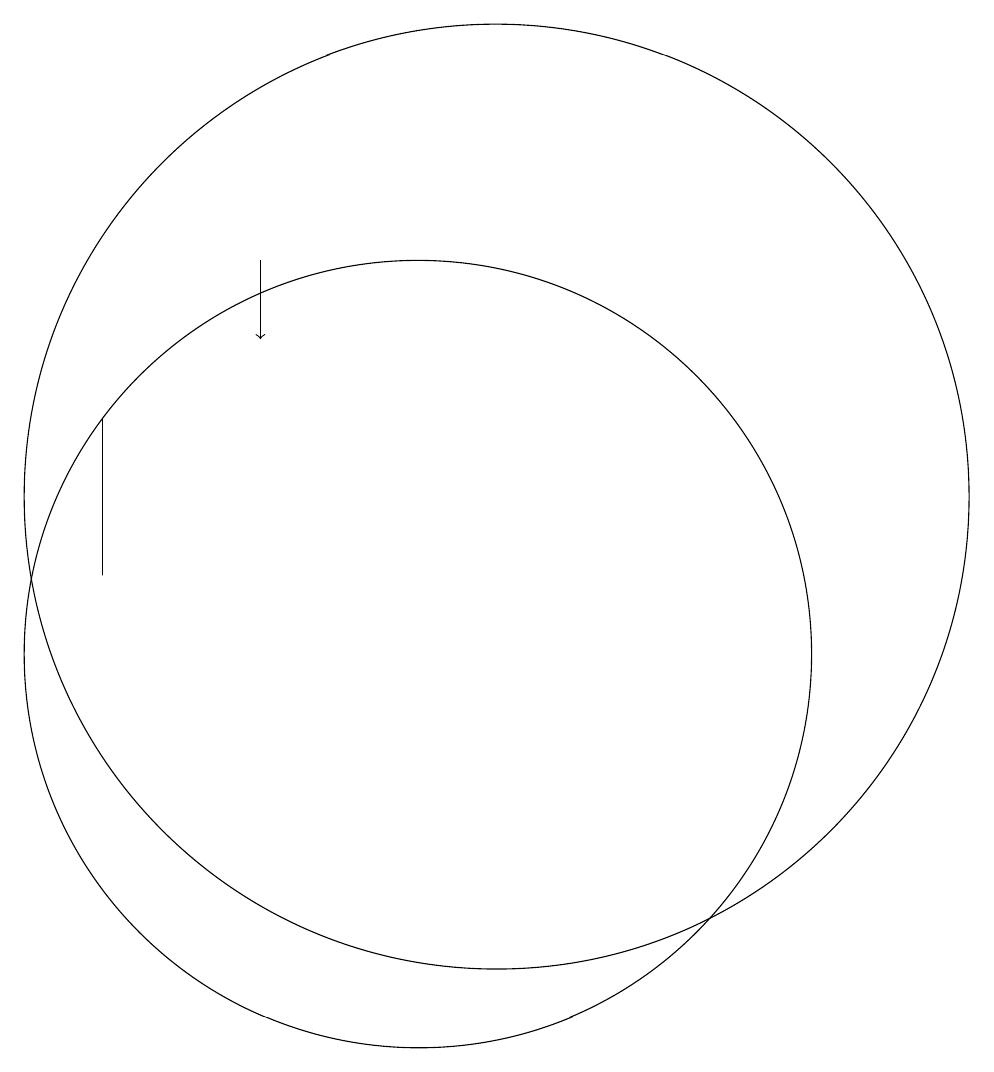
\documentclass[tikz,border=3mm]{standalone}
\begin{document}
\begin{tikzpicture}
\draw (12,12) circle (6);
\draw (7,13) rectangle (7,11);
\draw[->] (9,15) -- (9,14);
\draw (11,10) circle (5);
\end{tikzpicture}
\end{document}